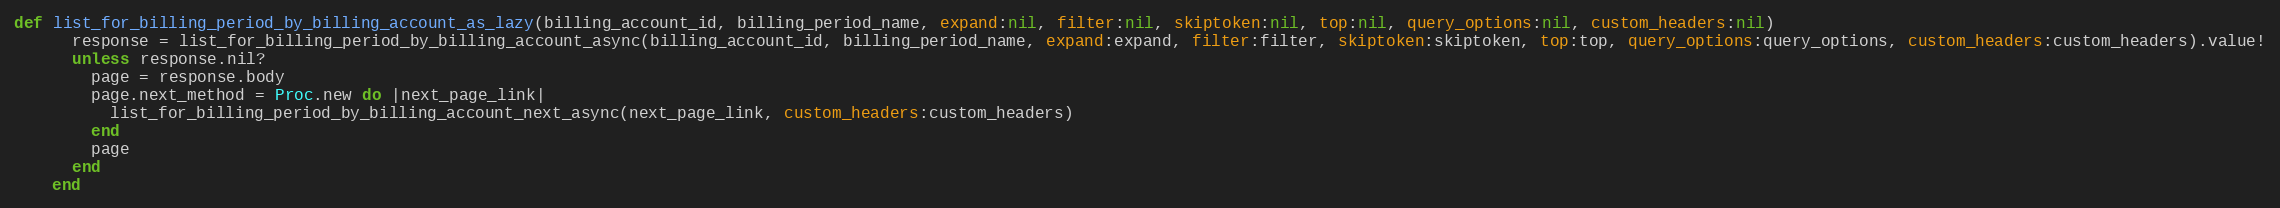
Language: Ruby
def list_for_billing_period_by_billing_account_as_lazy(billing_account_id, billing_period_name, expand:nil, filter:nil, skiptoken:nil, top:nil, query_options:nil, custom_headers:nil)
      response = list_for_billing_period_by_billing_account_async(billing_account_id, billing_period_name, expand:expand, filter:filter, skiptoken:skiptoken, top:top, query_options:query_options, custom_headers:custom_headers).value!
      unless response.nil?
        page = response.body
        page.next_method = Proc.new do |next_page_link|
          list_for_billing_period_by_billing_account_next_async(next_page_link, custom_headers:custom_headers)
        end
        page
      end
    end